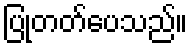
ပြုတတ်ပေသည်။